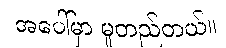
အပေါ်မှာ မူတည်တယ်။